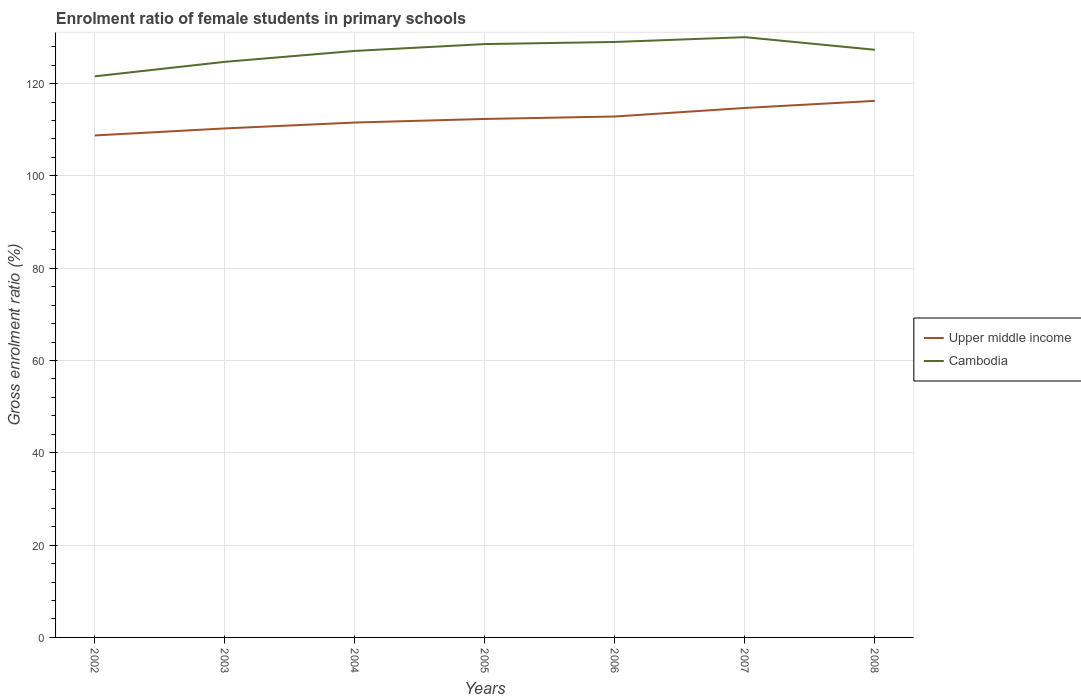
| Years | Upper middle income | Cambodia |
 | --- | --- | --- |
 | 2002 | 109 | 122 |
 | 2003 | 110 | 125 |
 | 2004 | 112 | 127 |
 | 2005 | 112 | 129 |
 | 2006 | 113 | 129 |
 | 2007 | 115 | 130 |
 | 2008 | 116 | 127 |